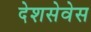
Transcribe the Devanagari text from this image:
देशसेवेस